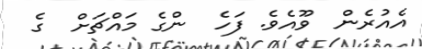
އެއުރެން  ވޫއެވެ. ފަހެ  ންގެ މައްޗަށް  ގެ